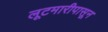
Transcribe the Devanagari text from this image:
लूटमारीपासून